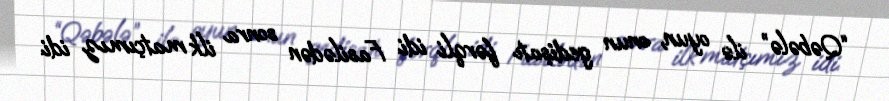
“Qəbələ” ilə oyun, onun gedişatı fərqli idi. Fasilədən sonra ilk matçımız idi.